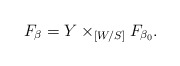
\begin{align*}F_{\beta}=Y\times_{[W/S]} F_{\beta_0}.\end{align*}